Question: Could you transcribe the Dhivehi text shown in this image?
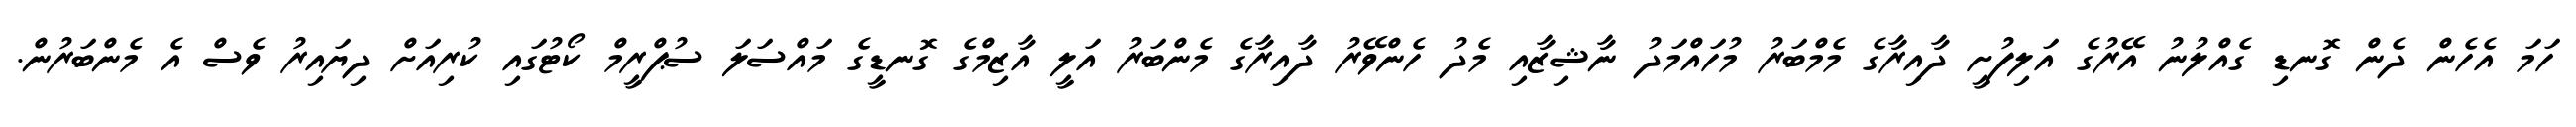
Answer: ހަމަ އެހެން ދެން ގޮނޑި ގެއްލުނު އޭރުގެ އަލިފުށީ ދާއިރާގެ މެމްބަރު މުހައްމަދު ނާޝިޒާއި މެދު ހެންވޭރު ދާއިރާގެ މެންބަރު އަލީ އާޒިމްގެ ގޮނޑީގެ މައްސަލަ ސުޕްރީމް ކޯޓުގައި ކުރިއަށް ދިޔައިރު ވެސް އެ މެންބަރުން.